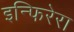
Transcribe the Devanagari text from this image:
इन्फिरेरा